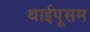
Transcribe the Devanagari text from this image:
थाईपूसम